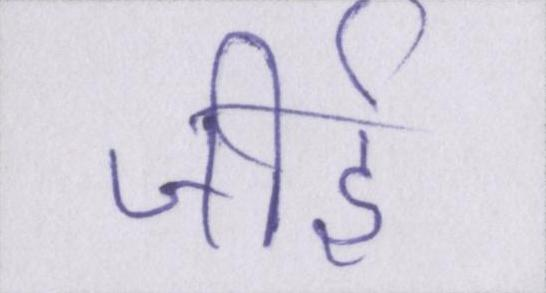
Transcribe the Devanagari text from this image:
जीर्इ